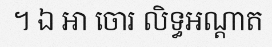
។ ឯ អា ចោរ លិទ្ធអណ្តាត